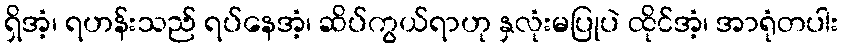
ရှိအံ့၊ ရဟန်းသည် ရပ်နေအံ့၊ ဆိပ်ကွယ်ရာဟု နှလုံးမပြုပဲ ထိုင်အံ့၊ အာရုံတပါး